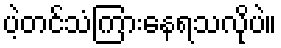
ပဲ့တင်သံကြားနေရသလိုပဲ။